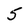
Character: 5